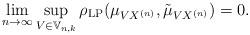
LaTeX: \begin{align*}\lim_{n \to \infty} \sup_{V \in \mathbb{V}_{n,k}} \rho_\mathrm{LP}(\mu_{V X^{(n)}}, \tilde{\mu}_{V X^{(n)}}) = 0.\end{align*}